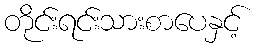
တိုင်းရင်းသားစာပေနှင့်